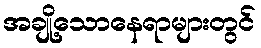
အချို့သောနေရာများတွင်